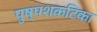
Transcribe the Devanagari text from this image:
पुष्पशकटिका